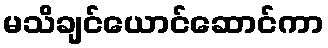
မသိချင်ယောင်ဆောင်ကာ